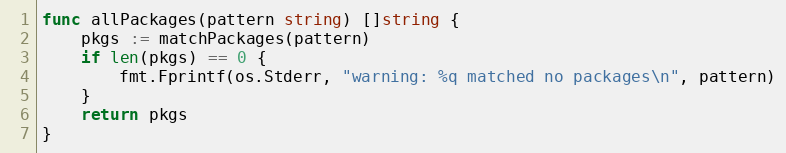
Language: Go
func allPackages(pattern string) []string {
	pkgs := matchPackages(pattern)
	if len(pkgs) == 0 {
		fmt.Fprintf(os.Stderr, "warning: %q matched no packages\n", pattern)
	}
	return pkgs
}